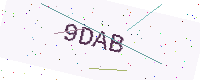
Text: 9DAB